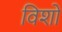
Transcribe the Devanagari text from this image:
विशों